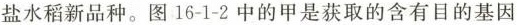
盐水稻新品种。图 16 - 1 - 2 中的甲是获取的含有目的基因